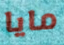
مايا